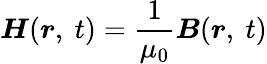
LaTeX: {\boldsymbol{H}}({\boldsymbol{r}},\ t)={\frac{1}{\mu_{0}}}{\boldsymbol{B}}({\boldsymbol{r}},\ t)